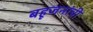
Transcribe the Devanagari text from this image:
बहूजनांची